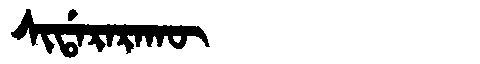
Manchu: ᠰᡳᡩᠠᡵᠠᡵᠠᡴᡡ
Romanization: SIDARARAKŪ